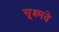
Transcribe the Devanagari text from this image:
सूक्ष्मते